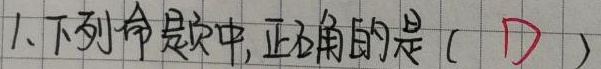
1. 下列命题中，正确的是 (D)